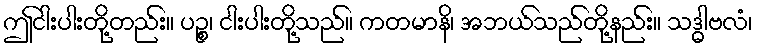
ဤငါးပါးတို့တည်း။ ပဉ္စ၊ ငါးပါးတို့သည်။ ကတမာနိ၊ အဘယ်သည်တို့နည်း။ သဒ္ဓါဗလံ၊